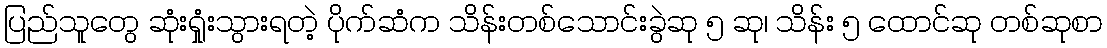
ပြည်သူတွေ ဆုံးရှုံးသွားရတဲ့ ပိုက်ဆံက သိန်းတစ်သောင်းခွဲဆု ၅ ဆု၊ သိန်း ၅ ထောင်ဆု တစ်ဆုစာ